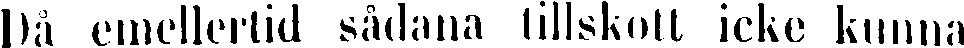
Då emellertid sådana tillskott icke kunna